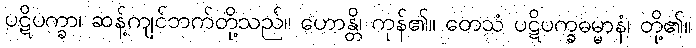
ပဋိပက္ခာ၊ ဆန့်ကျင်ဘက်တို့သည်။ ဟောန္တိ၊ ကုန်၏။ တေသံ ပဋိပက္ခဓမ္မာနံ၊ တို့၏။